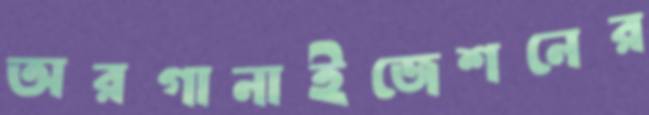
অরগানাইজেশনের